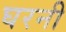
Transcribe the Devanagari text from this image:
घरनी